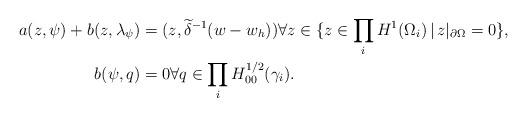
\begin{align*}a(z,\psi) + b(z,\lambda_\psi) &= (z, \widetilde \delta^{-1} (w - w_h)) \forall z \in \{ z \in \prod_i H^1(\Omega_i)\,|\, z|_{\partial\Omega} = 0\}, \\b(\psi,q) &= 0 \forall q \in \prod_{i} H^{1/2}_{00}(\gamma_i). \end{align*}